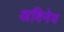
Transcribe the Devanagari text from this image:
अविनेय